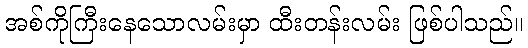
အစ်ကိုကြီးနေသောလမ်းမှာ ထီးတန်းလမ်း ဖြစ်ပါသည်။